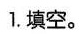
1.填空。